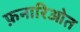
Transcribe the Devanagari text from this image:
फ़नारिओत